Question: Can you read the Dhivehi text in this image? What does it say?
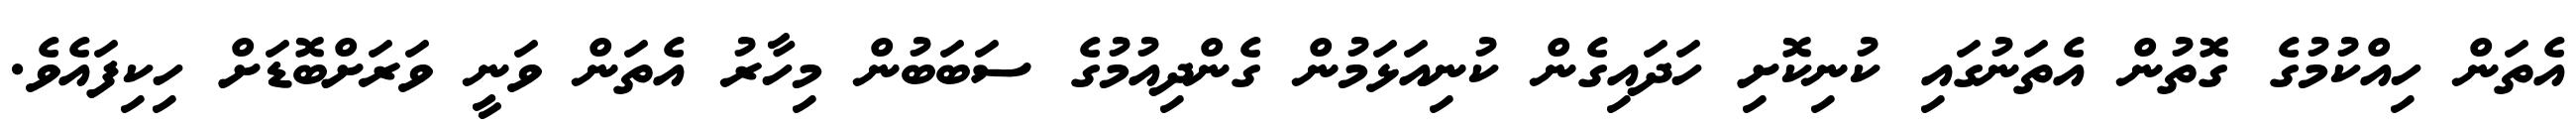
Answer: އެތަން ހިއްކުމުގެ ގޮތުން އެތަނުގައި ކުނިކޮށި ހަދައިގެން ކުނިއަޅަމުން ގެންދިއުމުގެ ސަބަބުން މިހާރު އެތަން ވަނީ ވަރަށްބޮޑަށް ހިކިފައެވެ.